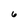
Character: 6